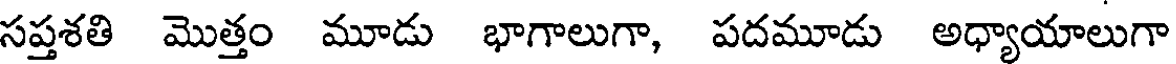
సప్తశతి మొత్తం మూడు భాగాలుగా, పదమూడు అధ్యాయాలుగా